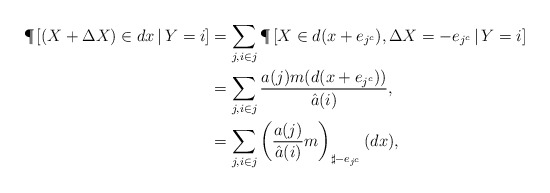
\begin{align*} \P \left[(X + \Delta X) \in dx \, | \, Y =i \right] &= \sum_{j, i \in j} \P \left[X \in d(x+e_{j^c}), \Delta X= -e_{j^c} \, | \, Y=i \right] \\&=\sum_{j,i \in j} \frac{a(j)m(d(x+e_{j^c}))}{\hat a(i)},\\& =\sum_{j,i \in j} \left(\frac{a(j)}{\hat a(i)}m\right)_{\sharp -e_{j^c}} (dx),\end{align*}